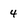
Character: 4